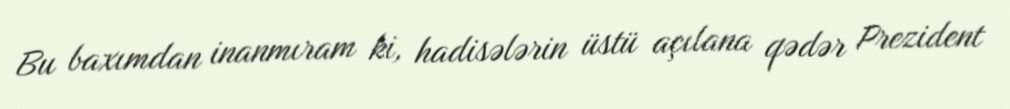
Bu baxımdan inanmıram ki, hadisələrin üstü açılana qədər Prezident